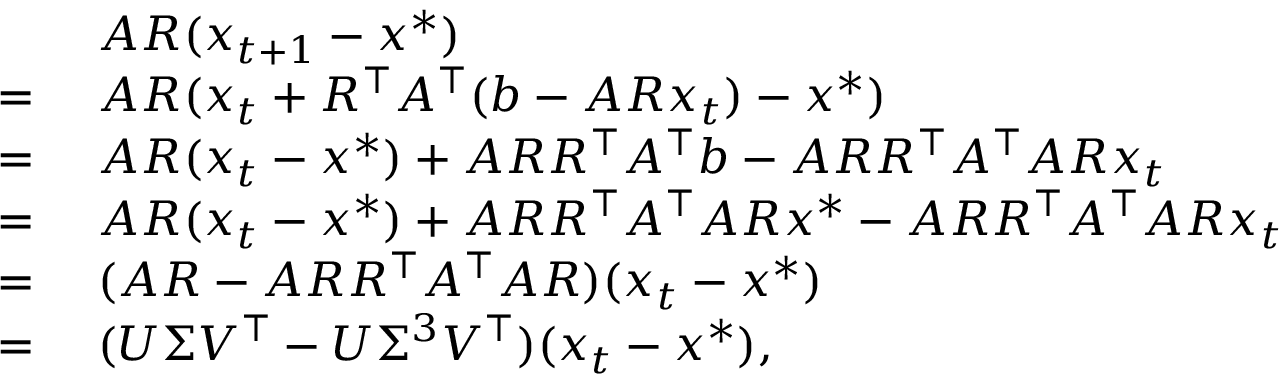
\begin{array} { r l } & { ~ A R ( x _ { t + 1 } - x ^ { * } ) } \\ { = } & { ~ A R ( x _ { t } + R ^ { \top } A ^ { \top } ( b - A R x _ { t } ) - x ^ { * } ) } \\ { = } & { ~ A R ( x _ { t } - x ^ { * } ) + A R R ^ { \top } A ^ { \top } b - A R R ^ { \top } A ^ { \top } A R x _ { t } } \\ { = } & { ~ A R ( x _ { t } - x ^ { * } ) + A R R ^ { \top } A ^ { \top } A R x ^ { * } - A R R ^ { \top } A ^ { \top } A R x _ { t } } \\ { = } & { ~ ( A R - A R R ^ { \top } A ^ { \top } A R ) ( x _ { t } - x ^ { * } ) } \\ { = } & { ~ ( U \Sigma V ^ { \top } - U \Sigma ^ { 3 } V ^ { \top } ) ( x _ { t } - x ^ { * } ) , } \end{array}